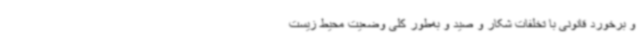
و برخورد قانونی با تخلفات شکار و صید و به‌طور کلی وضعیت محیط زیست